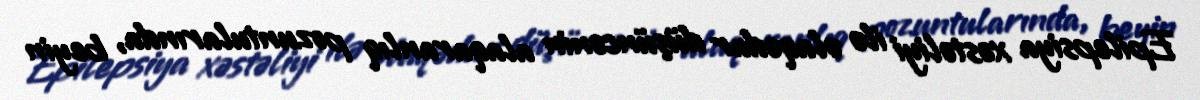
Epilepsiya xəstəliyi ilə əlaqədar düşüncənin alaqaranlıq pozuntularında, beyin